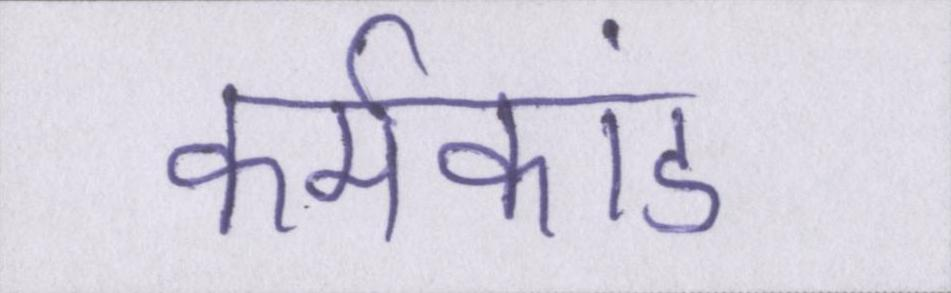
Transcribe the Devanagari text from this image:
कर्मकांड